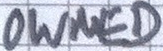
OWNED